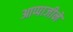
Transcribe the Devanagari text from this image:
आप्पाजीने